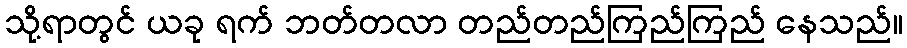
သို့ရာတွင် ယခု ရက် ဘတ်တလာ တည်တည်ကြည်ကြည် နေသည်။